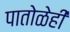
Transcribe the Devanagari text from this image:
पातोळेही